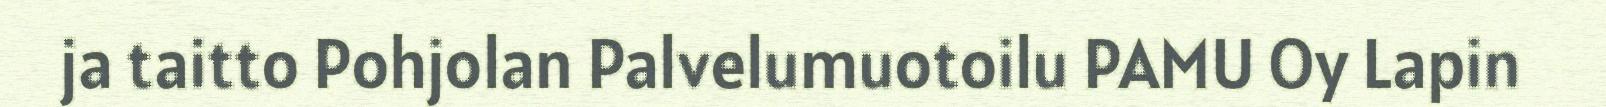
ja taitto Pohjolan Palvelumuotoilu PAMU Oy Lapin